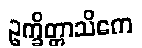
ဥက္ခိတ္တာသိကေ